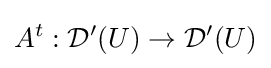
A^{t}:{\mathcal {D}}'(U)\to {\mathcal {D}}'(U)